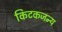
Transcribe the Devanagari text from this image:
किटकजन्य